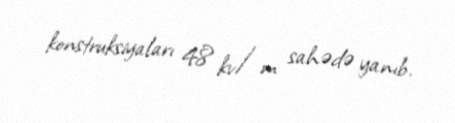
konstruksiyaları 48 kv/m sahədə yanıb.